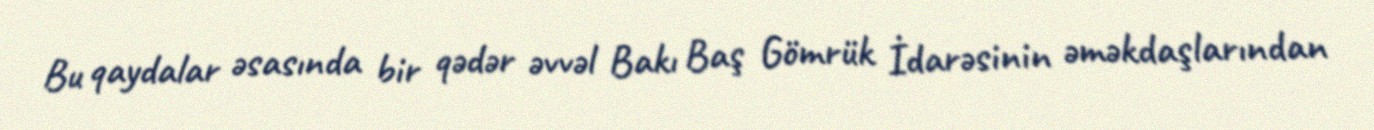
Bu qaydalar əsasında bir qədər əvvəl Bakı Baş Gömrük İdarəsinin əməkdaşlarından